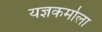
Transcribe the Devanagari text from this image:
यज्ञकर्माला